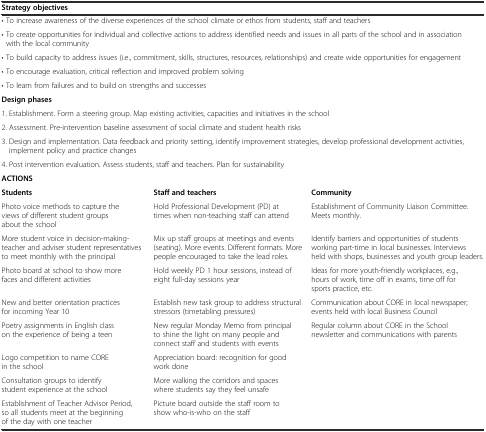
| <COLSPAN=4> Strategy objectives |
 | --- | --- | --- | --- |
 | <COLSPAN=4> • To increase awareness of the diverse experiences of the school climate or ethos from students, staff and teachers |
 | <COLSPAN=4> • To create opportunities for individual and collective actions to address identified needs and issues in all parts of the school and in association with the local community |
 | <COLSPAN=4> • To build capacity to address issues (i.e., commitment, skills, structures, resources, relationships) and create wide opportunities for engagement |
 | <COLSPAN=4> • To encourage evaluation, critical reflection and improved problem solving |
 | <COLSPAN=4> • To learn from failures and to build on strengths and successes |
 | <COLSPAN=4> Design phases |
 | <COLSPAN=4> 1. Establishment. Form a steering group. Map existing activities, capacities and initiatives in the school |
 | <COLSPAN=4> 2. Assessment. Pre-intervention baseline assessment of social climate and student health risks |
 | <COLSPAN=4> 3. Design and implementation. Data feedback and priority setting, identify improvement strategies, develop professional development activities, implement policy and practice changes |
 | <COLSPAN=4> 4. Post intervention evaluation. Assess students, staff and teachers. Plan for sustainability |
 | <COLSPAN=4> ACTIONS |
 | <COLSPAN=2> Students | Staff and teachers | Community |
 | <COLSPAN=2> Photo voice methods to capture the views of different student groups about the school | Hold Professional Development (PD) at times when non-teaching staff can attend | Establishment of Community Liaison Committee. Meets monthly. |
 | <COLSPAN=2> More student voice in decision-making-teacher and adviser student representatives to meet monthly with the principal | Mix up staff groups at meetings and events (seating). More events. Different formats. More people encouraged to take the lead roles. | Identify barriers and opportunities of students working part-time in local businesses. Interviews held with shops, businesses and youth group leaders. |
 | <COLSPAN=2> Photo board at school to show more faces and different activities | Hold weekly PD 1 hour sessions, instead of eight full-day sessions year | Ideas for more youth-friendly workplaces, e.g., hours of work, time off in exams, time off for sports practice, etc. |
 | <COLSPAN=2> New and better orientation practices for incoming Year 10 | Establish new task group to address structural stressors (timetabling pressures) | Communication about CORE in local newspaper; events held with local Business Council |
 | <COLSPAN=2> Poetry assignments in English class on the experience of being a teen | New regular Monday Memo from principal to shine the light on many people and connect staff and students with events | Regular column about CORE in the School newsletter and communications with parents |
 | <COLSPAN=2> Logo competition to name CORE in the school | Appreciation board: recognition for good work done |  |
 | <COLSPAN=2> Consultation groups to identify student experience at the school | More walking the corridors and spaces where students say they feel unsafe |  |
 | <COLSPAN=2> Establishment of Teacher Advisor Period, so all students meet at the beginning of the day with one teacher | Picture board outside the staff room to show who-is-who on the staff |  |